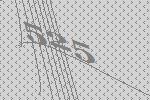
525